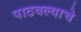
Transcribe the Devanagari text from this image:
पाठवल्याचे